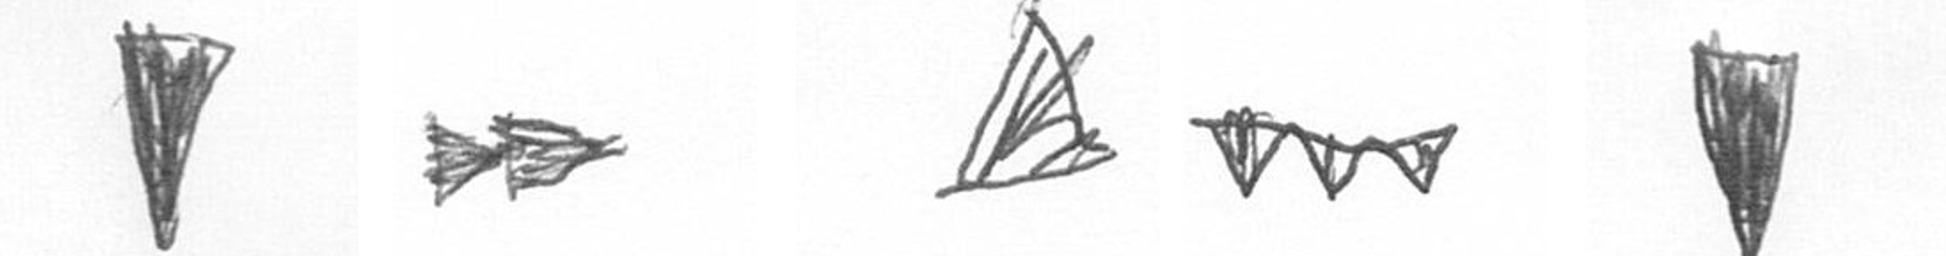
J A O L J